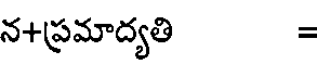
న+ప్రమాద్యతి =